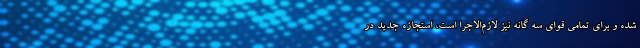
شده و برای تمامی قوای سه گانه نیز لازم‌الاجرا است، استجازه جدید در